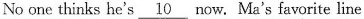
No one thinks he's \underline{10} now, Ma's favorite line